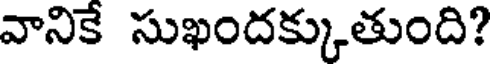
వానికే సుఖందక్కుతుంది?